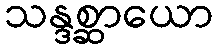
သန္ဒစ္ဆာယော